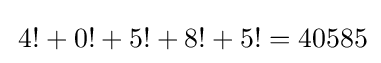
\,4!+0!+5!+8!+5!=40585